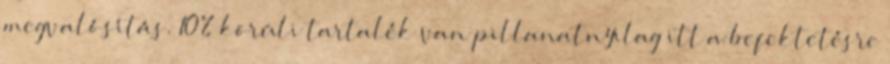
megvalósítás. 10% körüli tartalék van pillanatnyilag itt a befektetésre